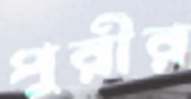
পুরীর